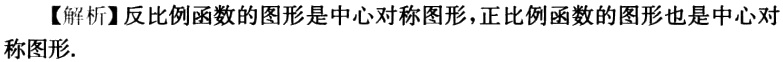
【解析】反比例函数的图形是中心对称图形，正比例函数的图形也是中心对称图形.